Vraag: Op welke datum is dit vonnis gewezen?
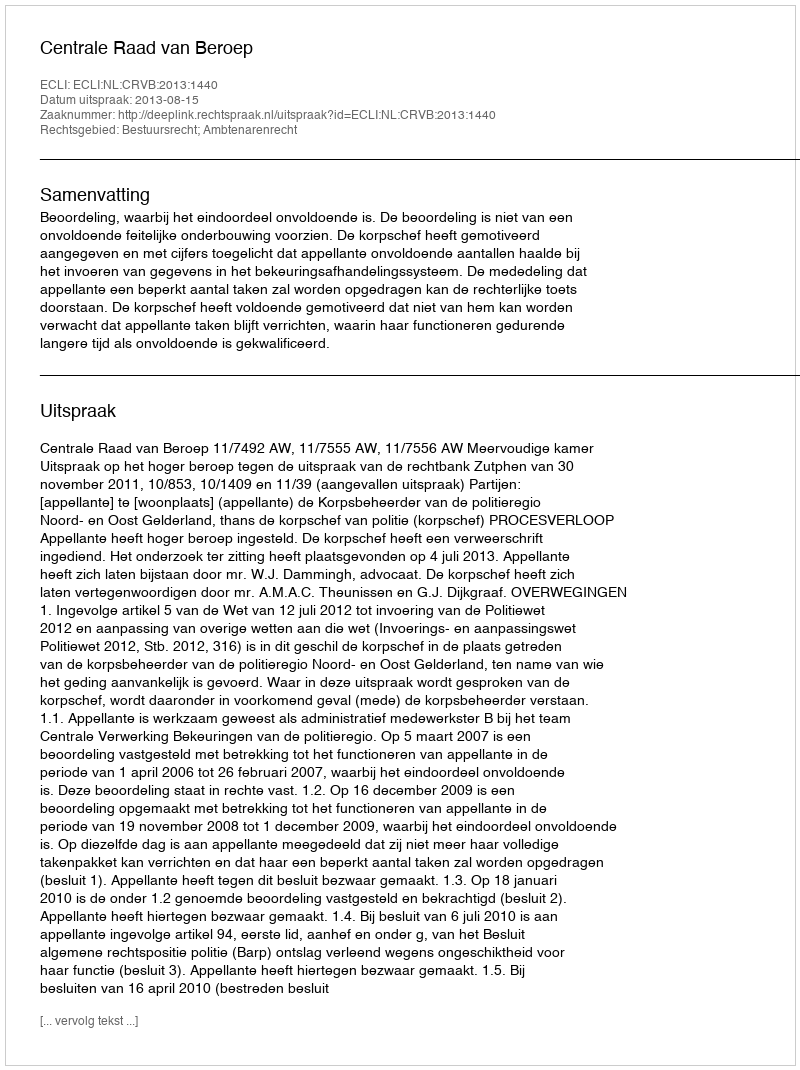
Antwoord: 2013-08-15